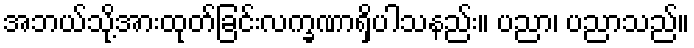
အဘယ်သို့အားထုတ်ခြင်းလက္ခဏာရှိပါသနည်း။ ပညာ၊ ပညာသည်။